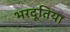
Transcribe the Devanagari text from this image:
भरदूतिया